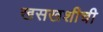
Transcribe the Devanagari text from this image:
खसखशीची